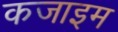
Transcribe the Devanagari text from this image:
कजाइम